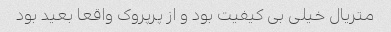
متریال خیلی بی کیفیت بود و از پرپروک واقعا بعید بود